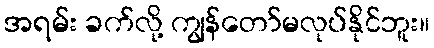
အရမ်း ခက်လို့ ကျွန်တော်မလုပ်နိုင်ဘူး။